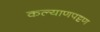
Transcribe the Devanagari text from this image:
कल्याणपट्टण